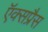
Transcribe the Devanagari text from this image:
ऍक्सप्रैस